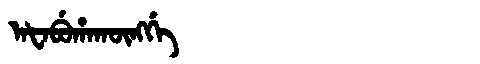
Manchu: ᠠᡶᠠᠪᡠᡥᠠᡴᡡᠩᡤᡝ
Romanization: AFABUHAKŪNGGE